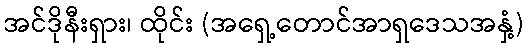
အင်ဒိုနီးရှား၊ ထိုင်း (အရှေ့တောင်အာရှဒေသအနှံ့)